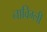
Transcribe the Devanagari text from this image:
नाविग्ली